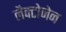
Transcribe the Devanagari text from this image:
लैक्टोजेन